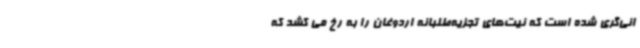
انی‌گری شده است که نیت‌های تجزیه‌طلبانه اردوغان را به رخ می کشد که